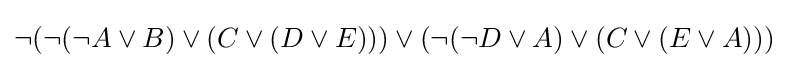
\neg (\neg (\neg A\lor B)\lor (C\lor (D\lor E)))\lor (\neg (\neg D\lor A)\lor (C\lor (E\lor A)))